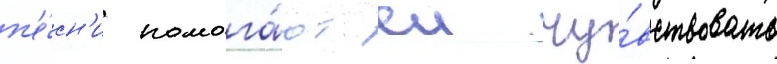
п'е́сн'и помога́ют еи чу́вствовать